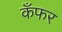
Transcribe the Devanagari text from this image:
कँफर